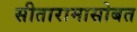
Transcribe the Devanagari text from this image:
सीतारामासोबत